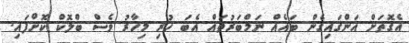
އެގޮތަށް އަންގައިގެން ބައެއް ނަމްބަރުތައް އެބަ ހުރި މިހާރު ވެސް ބްލޮކް ކޮށްފައި.